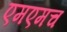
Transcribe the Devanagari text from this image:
एमएमच